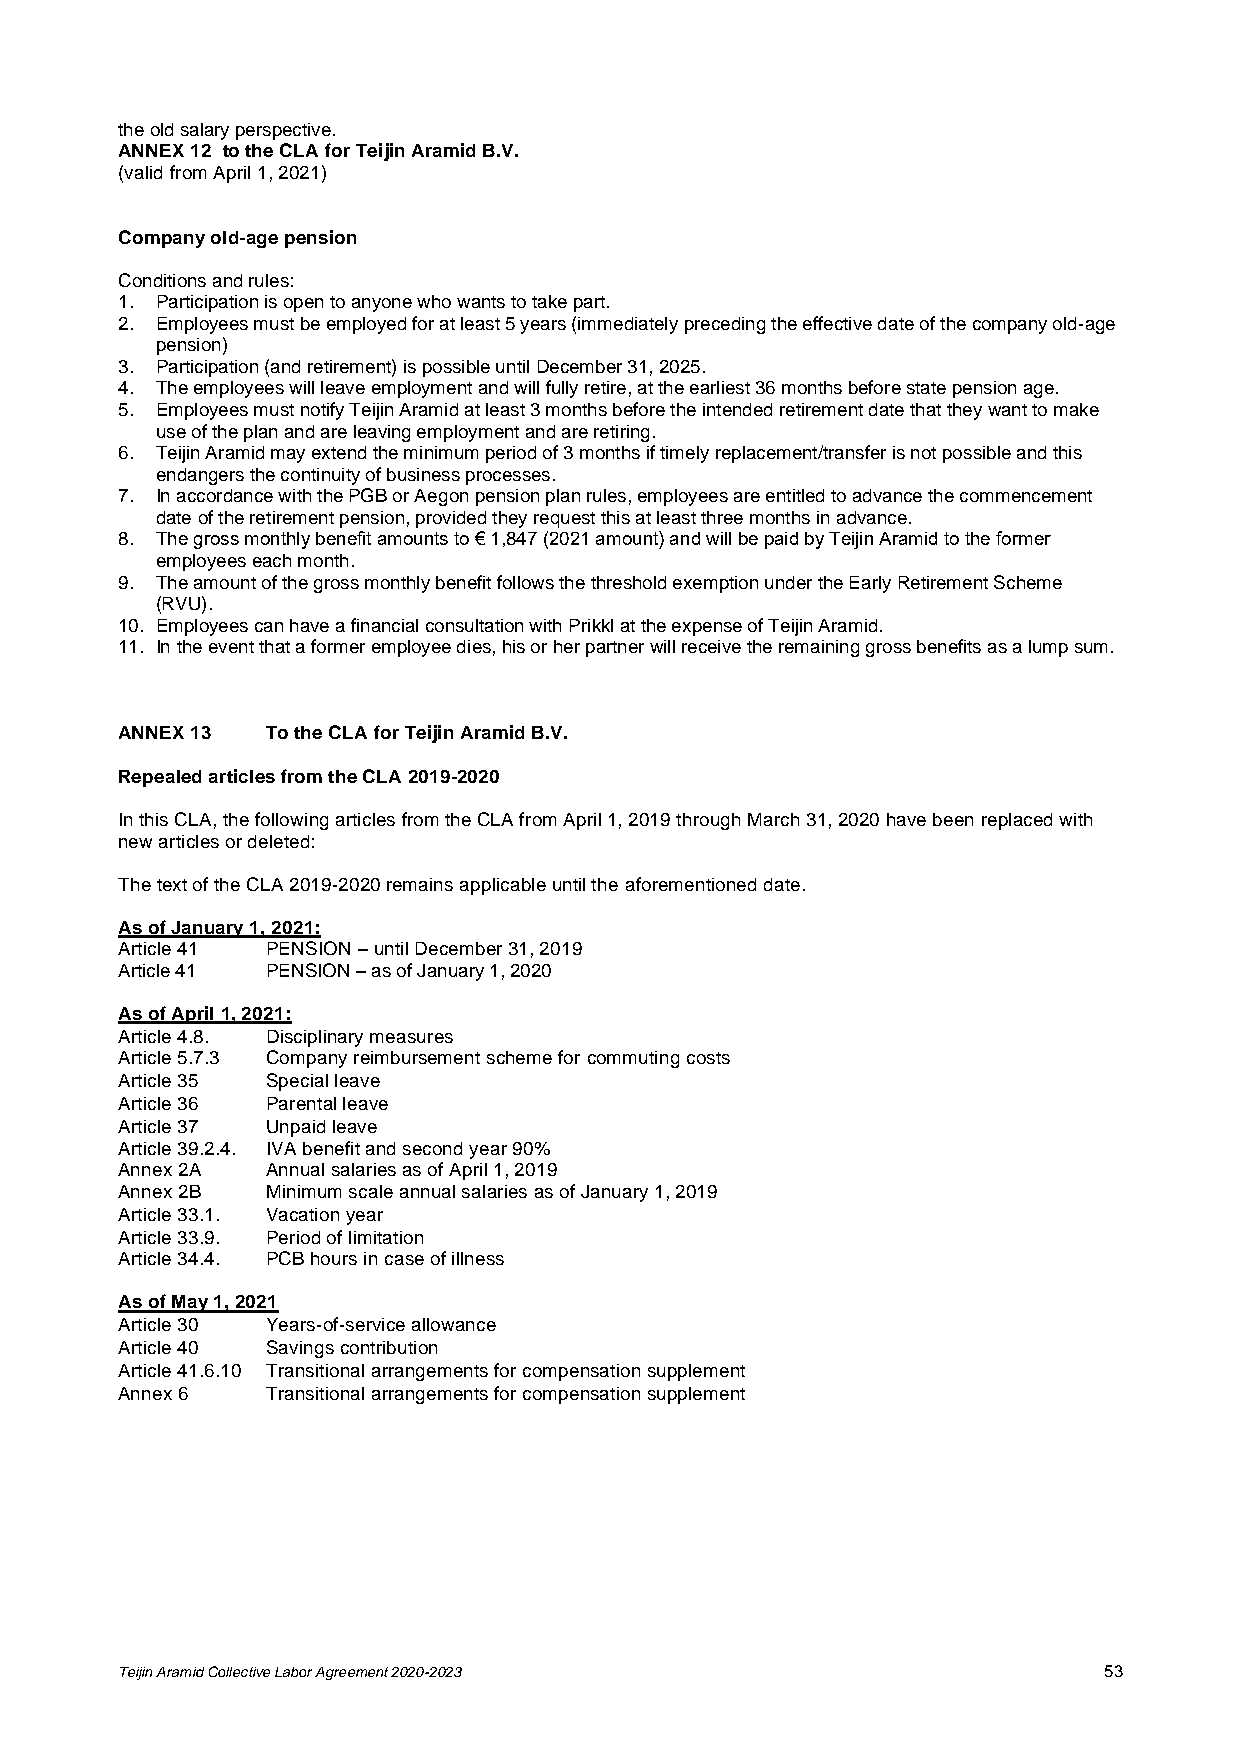
the old salary perspective.
 ANNEX 12 to the CLA for Teijin Aramid B.V.
 (valid from April 1, 2021)
 Company old-age pension
 Conditions and rules:
 1. Participation is open to anyone who wants to take part.
 2. Employees must be employed for at least 5 years (immediately preceding the effective date of the company old-age
 pension)
 3. Participation (and retirement) is possible until December 31, 2025.
 4. The employees will leave employment and will fully retire, at the earliest 36 months before state pension age.
 5. Employees must notify Teijin Aramid at least 3 months before the intended retirement date that they want to make
 use of the plan and are leaving employment and are retiring.
 6. Teijin Aramid may extend the minimum period of 3 months if timely replacement/transfer is not possible and this
 endangers the continuity of business processes.
 7. In accordance with the PGB or Aegon pension plan rules, employees are entitled to advance the commencement
 date of the retirement pension, provided they request this at least three months in advance.
 8. The gross monthly benefit amounts to € 1,847 (2021 amount) and will be paid by Teijin Aramid to the former
 employees each month.
 9. The amount of the gross monthly benefit follows the threshold exemption under the Early Retirement Scheme
 (RVU).
 10. Employees can have a financial consultation with Prikkl at the expense of Teijin Aramid.
 11. In the event that a former employee dies, his or her partner will receive the remaining gross benefits as a lump sum.
 ANNEX 13  To the CLA for Teijin Aramid B.V.
 Repealed articles from the CLA 2019-2020
 In this CLA, the following articles from the CLA from April 1, 2019 through March 31, 2020 have been replaced with
 new articles or deleted:
 The text of the CLA 2019-2020 remains applicable until the aforementioned date.
 As of January 1, 2021:
 Article 41 PENSION – until December 31, 2019
 Article 41 PENSION – as of January 1, 2020
 As of April 1, 2021:
 Article 4.8. Disciplinary measures
 Article 5.7.3 Company reimbursement scheme for commuting costs
 Article 35 Special leave
 Article 36 Parental leave
 Article 37 Unpaid leave
 Article 39.2.4. IVA benefit and second year 90%
 Annex 2A  Annual salaries as of April 1, 2019
 Annex 2B  Minimum scale annual salaries as of January 1, 2019
 Article 33.1. Vacation year
 Article 33.9. Period of limitation
 Article 34.4. PCB hours in case of illness
 As of May 1, 2021
 Article 30 Years-of-service allowance
 Article 40 Savings contribution
 Article 41.6.10 Transitional arrangements for compensation supplement
 Annex 6   Transitional arrangements for compensation supplement
 Teijin Aramid Collective Labor Agreement 2020-2023               53